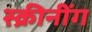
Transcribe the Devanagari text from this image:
स्क्रीनींग